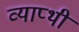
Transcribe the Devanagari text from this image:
व्याप्थी